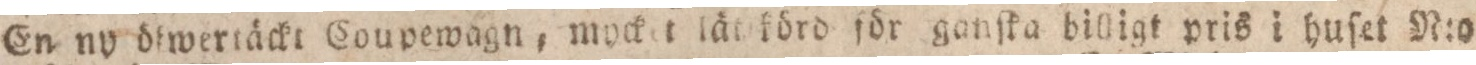
En ny öfwerräckt Coupewagn, mycket länkörd för ganſka billigt pris i huſet N:o